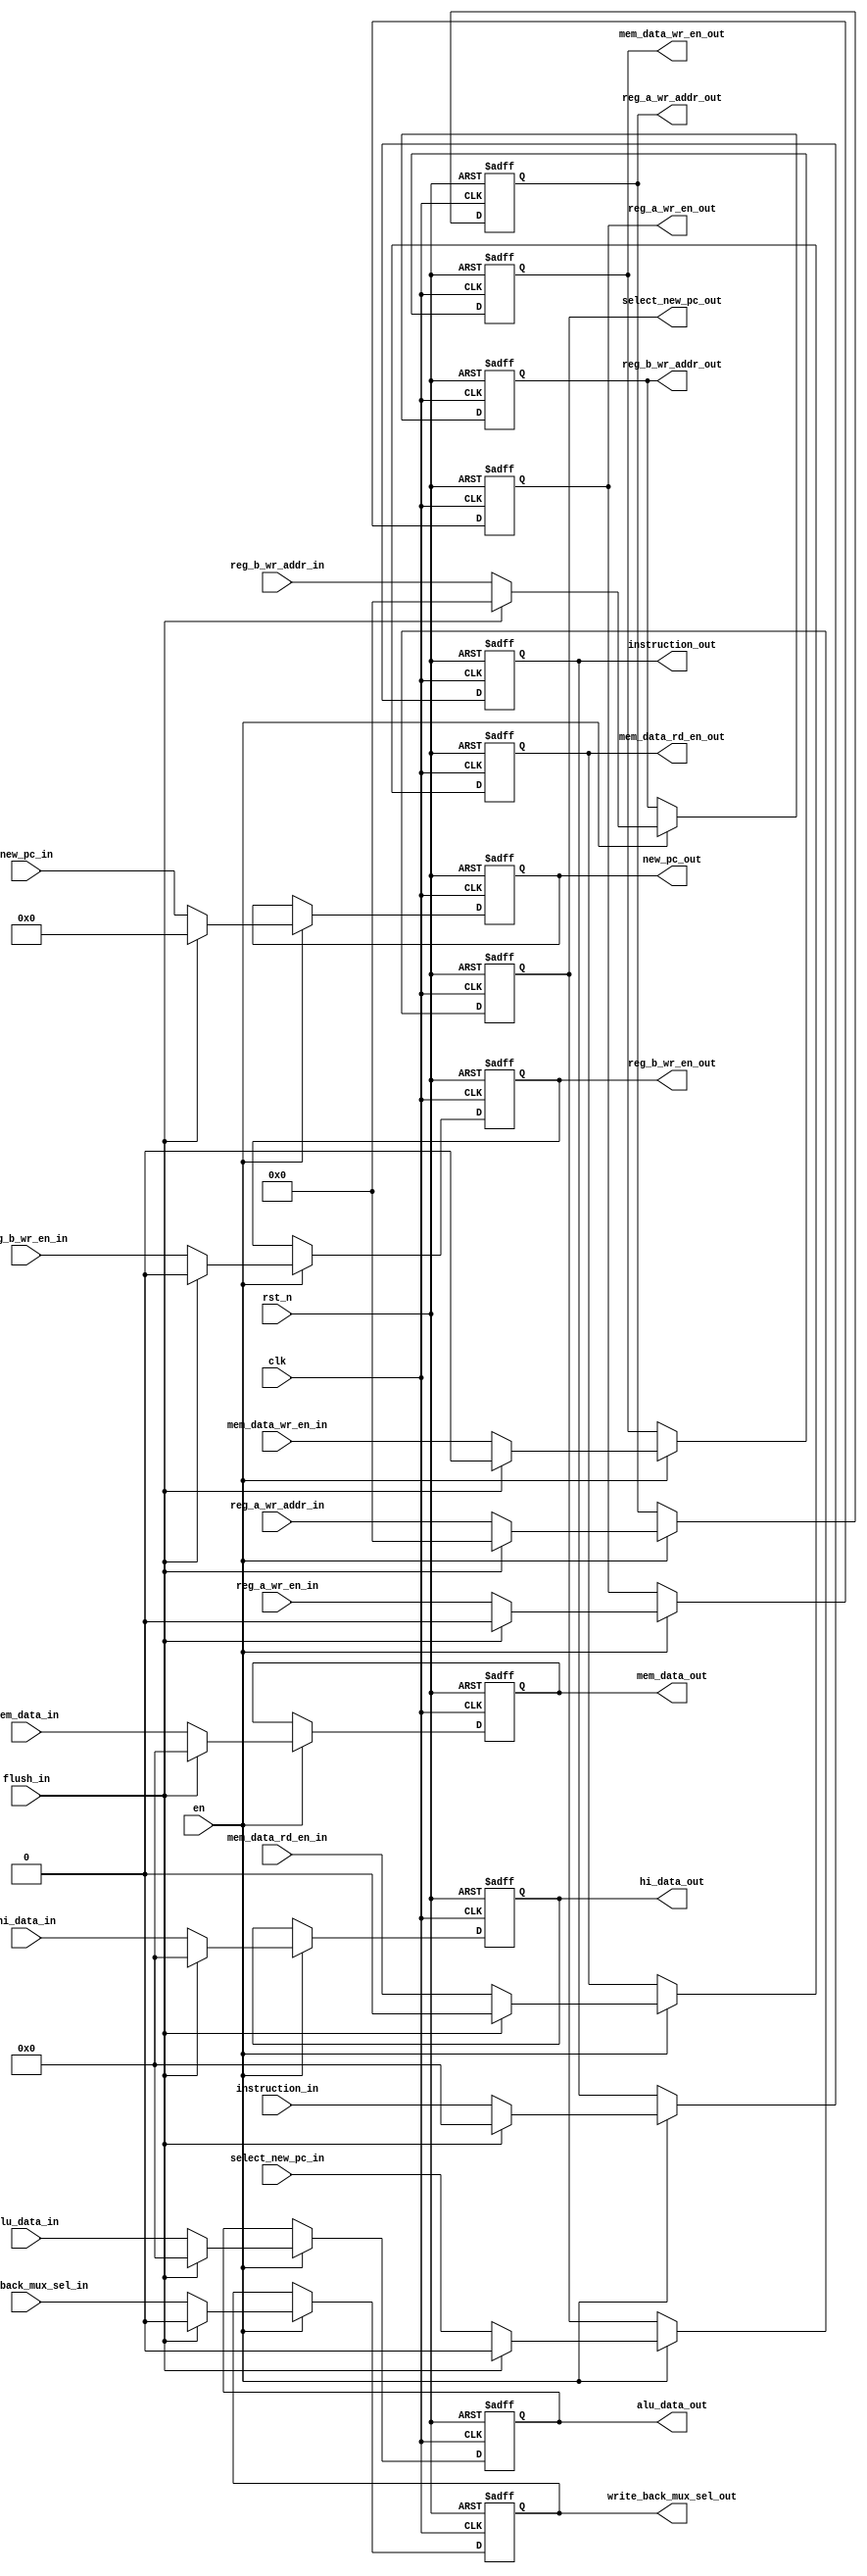
module ex_mem_reg
#(
   parameter PC_WIDTH = 20,
   parameter DATA_WIDTH = 32,
   parameter INSTRUCTION_WIDTH = 32,
   parameter REG_ADDR_WIDTH = 5
)
(
   input clk,
   input rst_n,
   input en,

   input flush_in,

   //memory signals
   input mem_data_rd_en_in,
   input mem_data_wr_en_in,
   input [DATA_WIDTH-1:0] mem_data_in,
   input [DATA_WIDTH-1:0] alu_data_in, //w_mem_wr_data_in and w_reg_data
   input [DATA_WIDTH-1:0] hi_data_in, 
   //register signals
//   input reg_wr_en_in,
//   input [REG_ADDR_WIDTH-1:0] reg_wr_addr_in,
   input [REG_ADDR_WIDTH-1:0] reg_a_wr_addr_in,
   input [REG_ADDR_WIDTH-1:0] reg_b_wr_addr_in,
   input reg_a_wr_en_in,
   input reg_b_wr_en_in,
   input write_back_mux_sel_in,
   input select_new_pc_in,
   input [PC_WIDTH-1:0] new_pc_in,
   input [INSTRUCTION_WIDTH-1:0] instruction_in,

   output reg mem_data_rd_en_out,
   output reg mem_data_wr_en_out,
   output reg [DATA_WIDTH-1:0] mem_data_out,
   output reg [DATA_WIDTH-1:0] alu_data_out, //w_mem_wr_data_out and w_reg_data
   output reg [DATA_WIDTH-1:0] hi_data_out, 
//   output reg reg_wr_en_out,
//   output reg [REG_ADDR_WIDTH-1:0] reg_wr_addr_out,
   output reg [REG_ADDR_WIDTH-1:0] reg_a_wr_addr_out,
   output reg [REG_ADDR_WIDTH-1:0] reg_b_wr_addr_out,
   output reg reg_a_wr_en_out,
   output reg reg_b_wr_en_out,
   output reg write_back_mux_sel_out,
   output reg select_new_pc_out,
   output reg [PC_WIDTH-1:0] new_pc_out,
   output reg [INSTRUCTION_WIDTH-1:0] instruction_out
);

always@(posedge clk, negedge rst_n)begin
   if(!rst_n)begin
      mem_data_rd_en_out <= 0;
      mem_data_wr_en_out <= 0;
      mem_data_out <= 0;
//      mem_addr_out <= 0;
      alu_data_out <= 0;
      hi_data_out <= 0;
//      reg_wr_en_out <= 0;
//      reg_wr_addr_out <= 0;
      reg_a_wr_addr_out <= 0;
      reg_b_wr_addr_out <= 0;
      reg_a_wr_en_out <= 0;
      reg_b_wr_en_out <= 0;
      write_back_mux_sel_out <= 0;
      select_new_pc_out <= 0;
      new_pc_out <= 0;
      instruction_out <= 0;
   end
   else if(en) begin
      if(flush_in)begin
          mem_data_rd_en_out <= 0;
          mem_data_wr_en_out <= 0;
          mem_data_out <= 0;
//          mem_addr_out <= 0;
          alu_data_out <= 0;
          hi_data_out <= 0;
//          reg_wr_en_out <= 0;
//          reg_wr_addr_out <= 0;
          reg_a_wr_addr_out <= 0;
          reg_b_wr_addr_out <= 0;
          reg_a_wr_en_out <= 0;
          reg_b_wr_en_out <= 0;

          write_back_mux_sel_out <= 0;
          select_new_pc_out <= 0;
          new_pc_out <= 0;
          instruction_out <= 0;

      end
      else begin
          mem_data_rd_en_out <= mem_data_rd_en_in;
          mem_data_wr_en_out <= mem_data_wr_en_in;
          mem_data_out <= mem_data_in;
//          mem_addr_out <= mem_addr_in;
          alu_data_out <= alu_data_in;
          hi_data_out <= hi_data_in;
//          reg_wr_en_out <= reg_wr_en_in;
//          reg_wr_addr_out <= reg_wr_addr_in;
          reg_a_wr_addr_out <= reg_a_wr_addr_in;
          reg_b_wr_addr_out <= reg_b_wr_addr_in;
          reg_a_wr_en_out <= reg_a_wr_en_in;
          reg_b_wr_en_out <= reg_b_wr_en_in;
          write_back_mux_sel_out <= write_back_mux_sel_in;
          select_new_pc_out <= select_new_pc_in;
          new_pc_out <= new_pc_in;
          instruction_out <= instruction_in;
      end
   end
end


endmodule